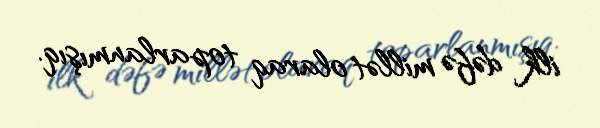
ilk dəfə millət olaraq toparlanmışıq.